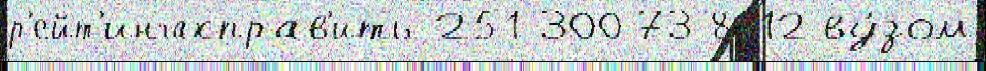
р'ейт'ингахправ'ить 251-300 73-8612 ву́зом